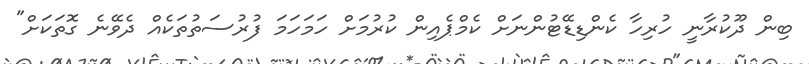
ބިން ދޫކުރާނީ ހުރިހާ ކެންޑިޑޭޓުންނަށް ކެމްޕެއިން ކުރުމަށް ހަމަހަމަ ފުރުސަތުތަކެއް ދެވޭނެ ގޮތަކަށް"